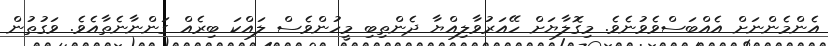
އެންމެންނަށް އެއްބަސްވެވުނެވެ. މިގޮލާޔަށް ހޭއަރުވާލިއްޔާ ދެންތިބި މީހުންވެސް ލައްކަ ބިރެއް ގަންނާނެތާއެވެ. ވަގުތުން